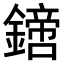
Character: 𨬙